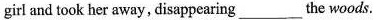
girl and took her away, disappearing___the woods.